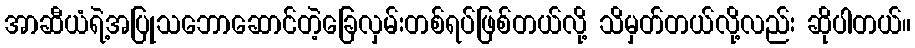
အာဆီယံရဲ့အပြုသဘောဆောင်တဲ့ခြေလှမ်းတစ်ရပ်ဖြစ်တယ်လို့ သိမှတ်တယ်လို့လည်း ဆိုပါတယ်။